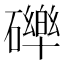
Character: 𮁏